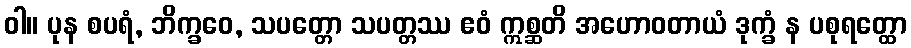
ဝါ။ ပုန စပရံ, ဘိက္ခဝေ, သပတ္တော သပတ္တဿ ဧဝံ ဣစ္ဆတိ အဟောဝတာယံ ဒုက္ခံ န ပစုရတ္ထော